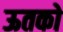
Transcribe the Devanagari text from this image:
ऊतको